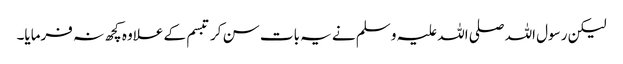
لیکن رسول اللہ صلی اللہ علیہ و سلم نے یہ بات سن کر تبسم کے علاوہ کچھ نہ فرمایا۔